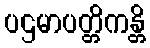
ပဌမာပတ္တိကန္တိ